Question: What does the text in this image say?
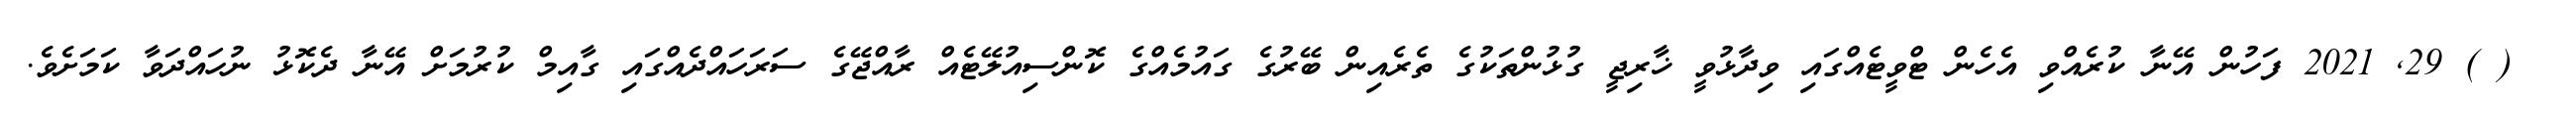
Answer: ? ( ) 29, 2021 ފަހުން އޭނާ ކުރެއްވި އެހެން ޓްވީޓެއްގައި ވިދާޅުވީ ޚާރިޖީ ގުޅުންތަކުގެ ތެރެއިން ބޭރުގެ ގައުމެއްގެ ކޮންސިއުލޭޓެއް ރާއްޖޭގެ ސަރަހައްދެއްގައި ގާއިމް ކުރުމަށް އޭނާ ދެކޮޅު ނުހައްދަވާ ކަމަށެވެ.